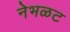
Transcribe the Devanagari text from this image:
नेभळट